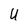
Character: U